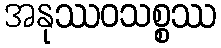
အနုဿဝသစ္စဿ